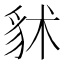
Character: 𧲷